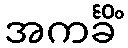
အကင်္ခိံ